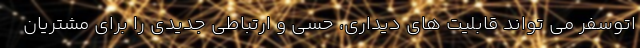
اتوسفر می تواند قابلیت های دیداری، حسی و ارتباطی جدیدی را برای مشتریان